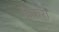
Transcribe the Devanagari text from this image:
हैकरो